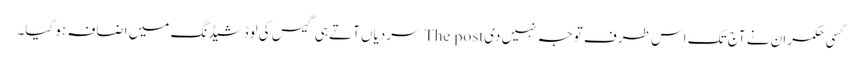
کسی حکمران نے آج تک اس طرف توجہ نہیں دی The post سردیاں آتے ہی گیس کی لوڈشیڈنگ میں اضافہ ہو گیا۔